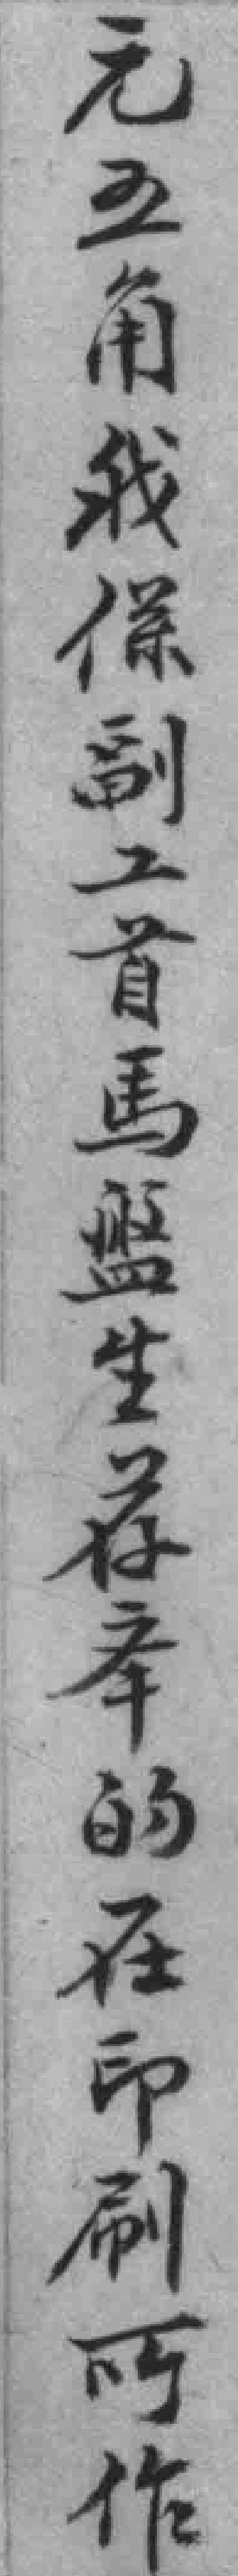
元五角我係副工首馬盤生荐㪯的在印刷所作